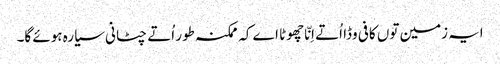
ایہ زمین تو‏ں کافی وڈا اُتے اِنّا چھوٹا اے کہ ممکنہ طور اُتے چٹانی سیارہ ہوئے گا۔